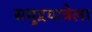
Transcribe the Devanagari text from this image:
समुद्रयात्रेला